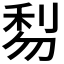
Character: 𠝯